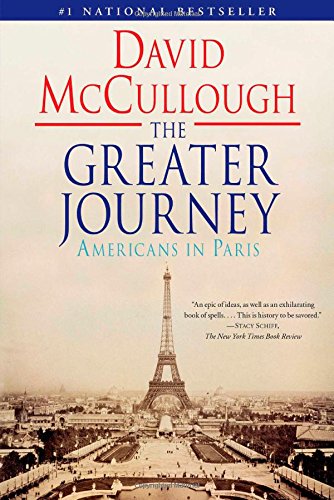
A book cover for The Greater Journey: Americans in Paris; David McCullough; History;